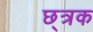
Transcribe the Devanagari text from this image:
छ्त्रक